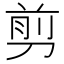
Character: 剪